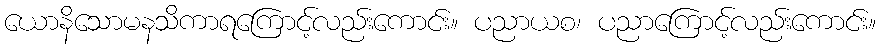
ယောနိသောမနသိကာရကြောင့်လည်းကောင်း။ ပညာယစ၊ ပညာကြောင့်လည်းကောင်း။